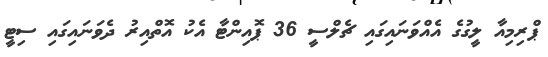
ޕްރިމިއާ ލީގުގެ އެއްވަނައިގައި ޗެލްސީ 36 ޕޮއިންޓާ އެކު އޮތްއިރު ދެވަނައިގައި ސިޓީ